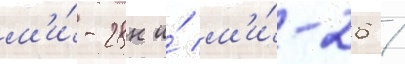
м'и́-28н и́ м'и́-26 /